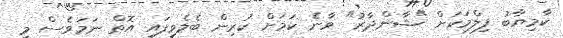
ކާމިޔާބު ފިލްމަކަށް "ޝާންދާރު" ވާނެ ކަމަށް ކުރިން ބެލެވިފައި އޮތް ނަމަވެސް މި